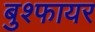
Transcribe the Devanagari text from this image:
बुश्फायर